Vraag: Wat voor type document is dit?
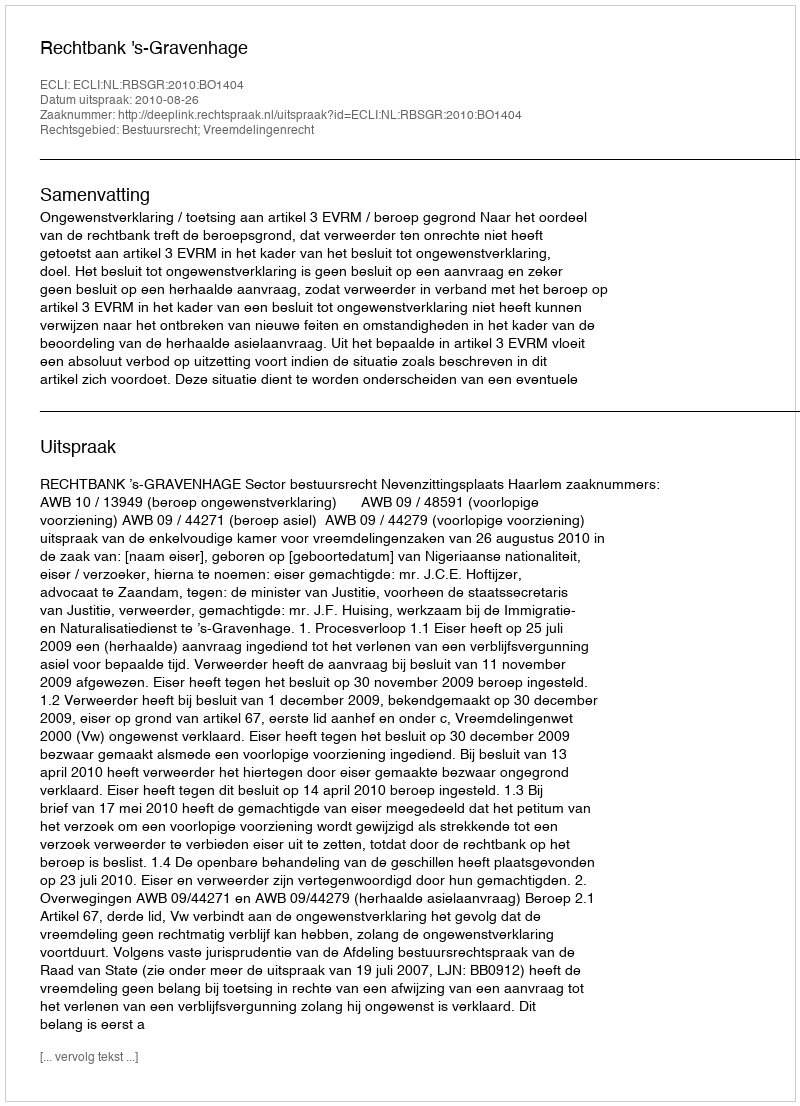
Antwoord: Uitspraak